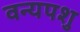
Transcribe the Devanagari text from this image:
वन्यपशु